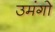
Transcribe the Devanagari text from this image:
उमंगो